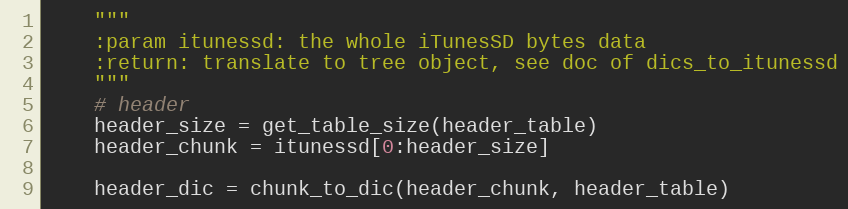
Language: Python
    """
    :param itunessd: the whole iTunesSD bytes data
    :return: translate to tree object, see doc of dics_to_itunessd
    """
    # header
    header_size = get_table_size(header_table)
    header_chunk = itunessd[0:header_size]

    header_dic = chunk_to_dic(header_chunk, header_table)